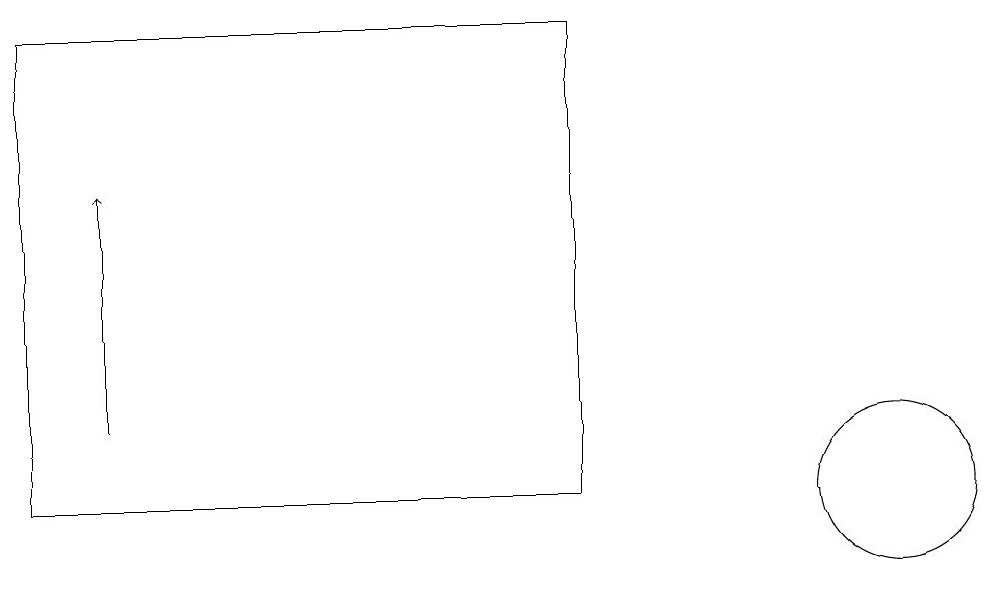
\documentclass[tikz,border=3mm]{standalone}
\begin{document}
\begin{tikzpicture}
\draw[->] (2,11) -- (2,14);
\draw (12,10) circle (1);
\draw (8,16) rectangle (1,10);
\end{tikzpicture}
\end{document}